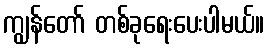
ကျွန်တော် တစ်ခုရေးပေးပါမယ်။